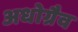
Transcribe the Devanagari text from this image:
अधोग्रैव